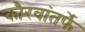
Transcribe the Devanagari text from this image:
कौरवांतर्फे